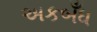
અકબઁધ